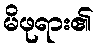
မိဖုရား၏